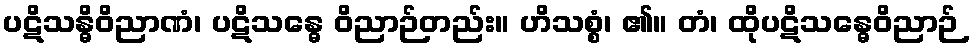
ပဋိသန္ဓိဝိညာဏံ၊ ပဋိသန္ဓေ ဝိညာဉ်တည်း။ ဟိသစ္စံ၊ ၏။ တံ၊ ထိုပဋိသန္ဓေဝိညာဉ်